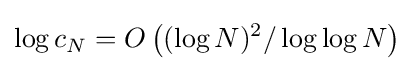
\log c_{N}=O\left((\log N)^{2}/\log \log N\right)